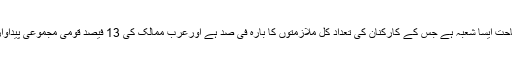
خیال رہے کہ سعودی عرب میں سیاحت ایسا شعبہ ہے جس کے کارکنان کی تعداد کل ملازمتوں کا بارہ فی صد ہے اورعرب ممالک کی 13 فیصد قومی مجموعی پیداوار بھی سیاحت سے حاصل ہوتی ہے۔